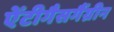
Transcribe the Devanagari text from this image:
ऐंटीगैसगैंग्रीन